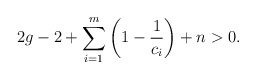
\begin{align*}2g-2 +\sum_{i=1}^{m}\left(1-\frac{1}{c_{i}}\right)+n > 0.\end{align*}